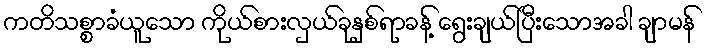
ကတိသစ္စာခံယူသော ကိုယ်စားလှယ်ခုနှစ်ရာခန့် ရွေးချယ်ပြီးသောအခါ ချာမန်